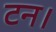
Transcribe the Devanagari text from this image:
टन।